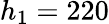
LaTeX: h_{1}=220